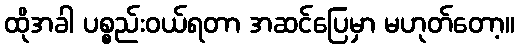
ထိုအခါ ပစ္စည်းဝယ်ရတာ အဆင်ပြေမှာ မဟုတ်တော့။